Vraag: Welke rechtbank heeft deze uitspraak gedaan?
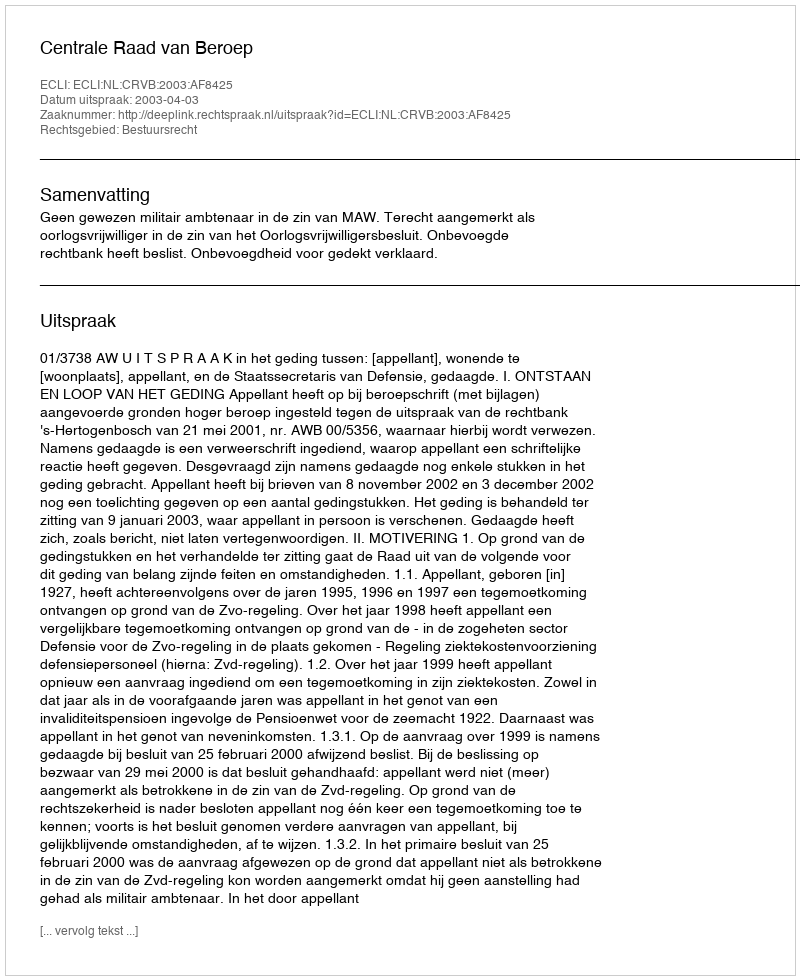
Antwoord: Centrale Raad van Beroep